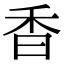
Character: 香